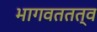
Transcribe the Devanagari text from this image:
भागवततत्व